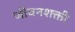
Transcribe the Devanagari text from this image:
जीवनशक्ती